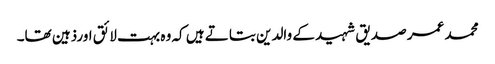
محمد عمر صدیق شہید کے والدین بتاتے ہیں کہ وہ بہت لائق اورذہین تھا۔